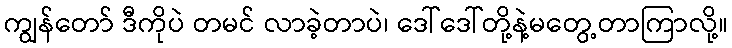
ကျွန်တော် ဒီကိုပဲ တမင် လာခဲ့တာပဲ၊ ဒေါ်ဒေါ်တို့နဲ့မတွေ့တာကြာလို့။